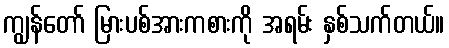
ကျွန်တော် မြားပစ်အားကစားကို အရမ်း နှစ်သက်တယ်။